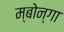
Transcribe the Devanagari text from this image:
म्बोन्गा